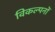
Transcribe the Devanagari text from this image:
विकल्पनों